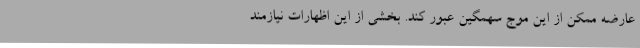
عارضه ممکن از این موج سهمگین عبور کند. بخشی از این اظهارات نیازمند